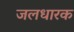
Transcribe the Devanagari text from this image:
जलधारक